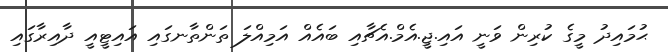
ޙުމައިދު މީގެ ކުރިން ވަނީ އައި.ޖީ.އެމް.އެޗާއި ބައެއް އަމިއްލަ ތަންތާނގައި އައިޓީއީ ދާއިރާގައި